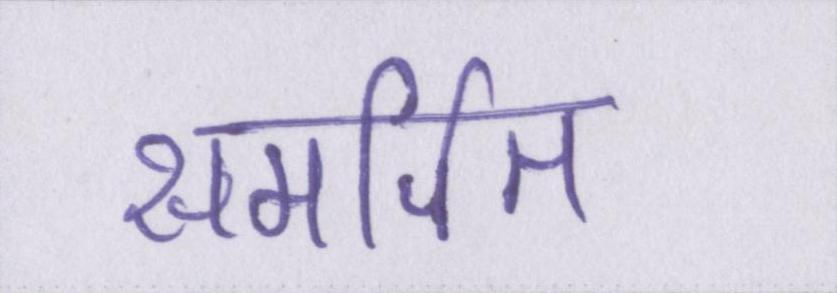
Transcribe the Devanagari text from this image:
समर्पित